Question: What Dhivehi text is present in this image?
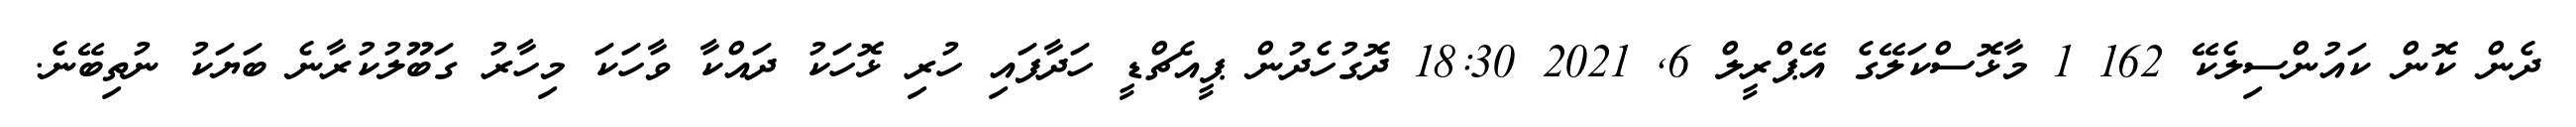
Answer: ދެން ކޮން ކައުންސިލެކޭ 162 1 މާޅޮސްކަލޭގެ އޭޕްރީލް 6, 2021 18:30 ދޮގުހެދުން ޕީއެޗްޑީ ހަދާފައި ހުރި ޅޮހަކު ދައްކާ ވާހަކަ މިހާރު ގަބޫލުކުރާނެ ބަޔަކު ނުތިބޭނެ.